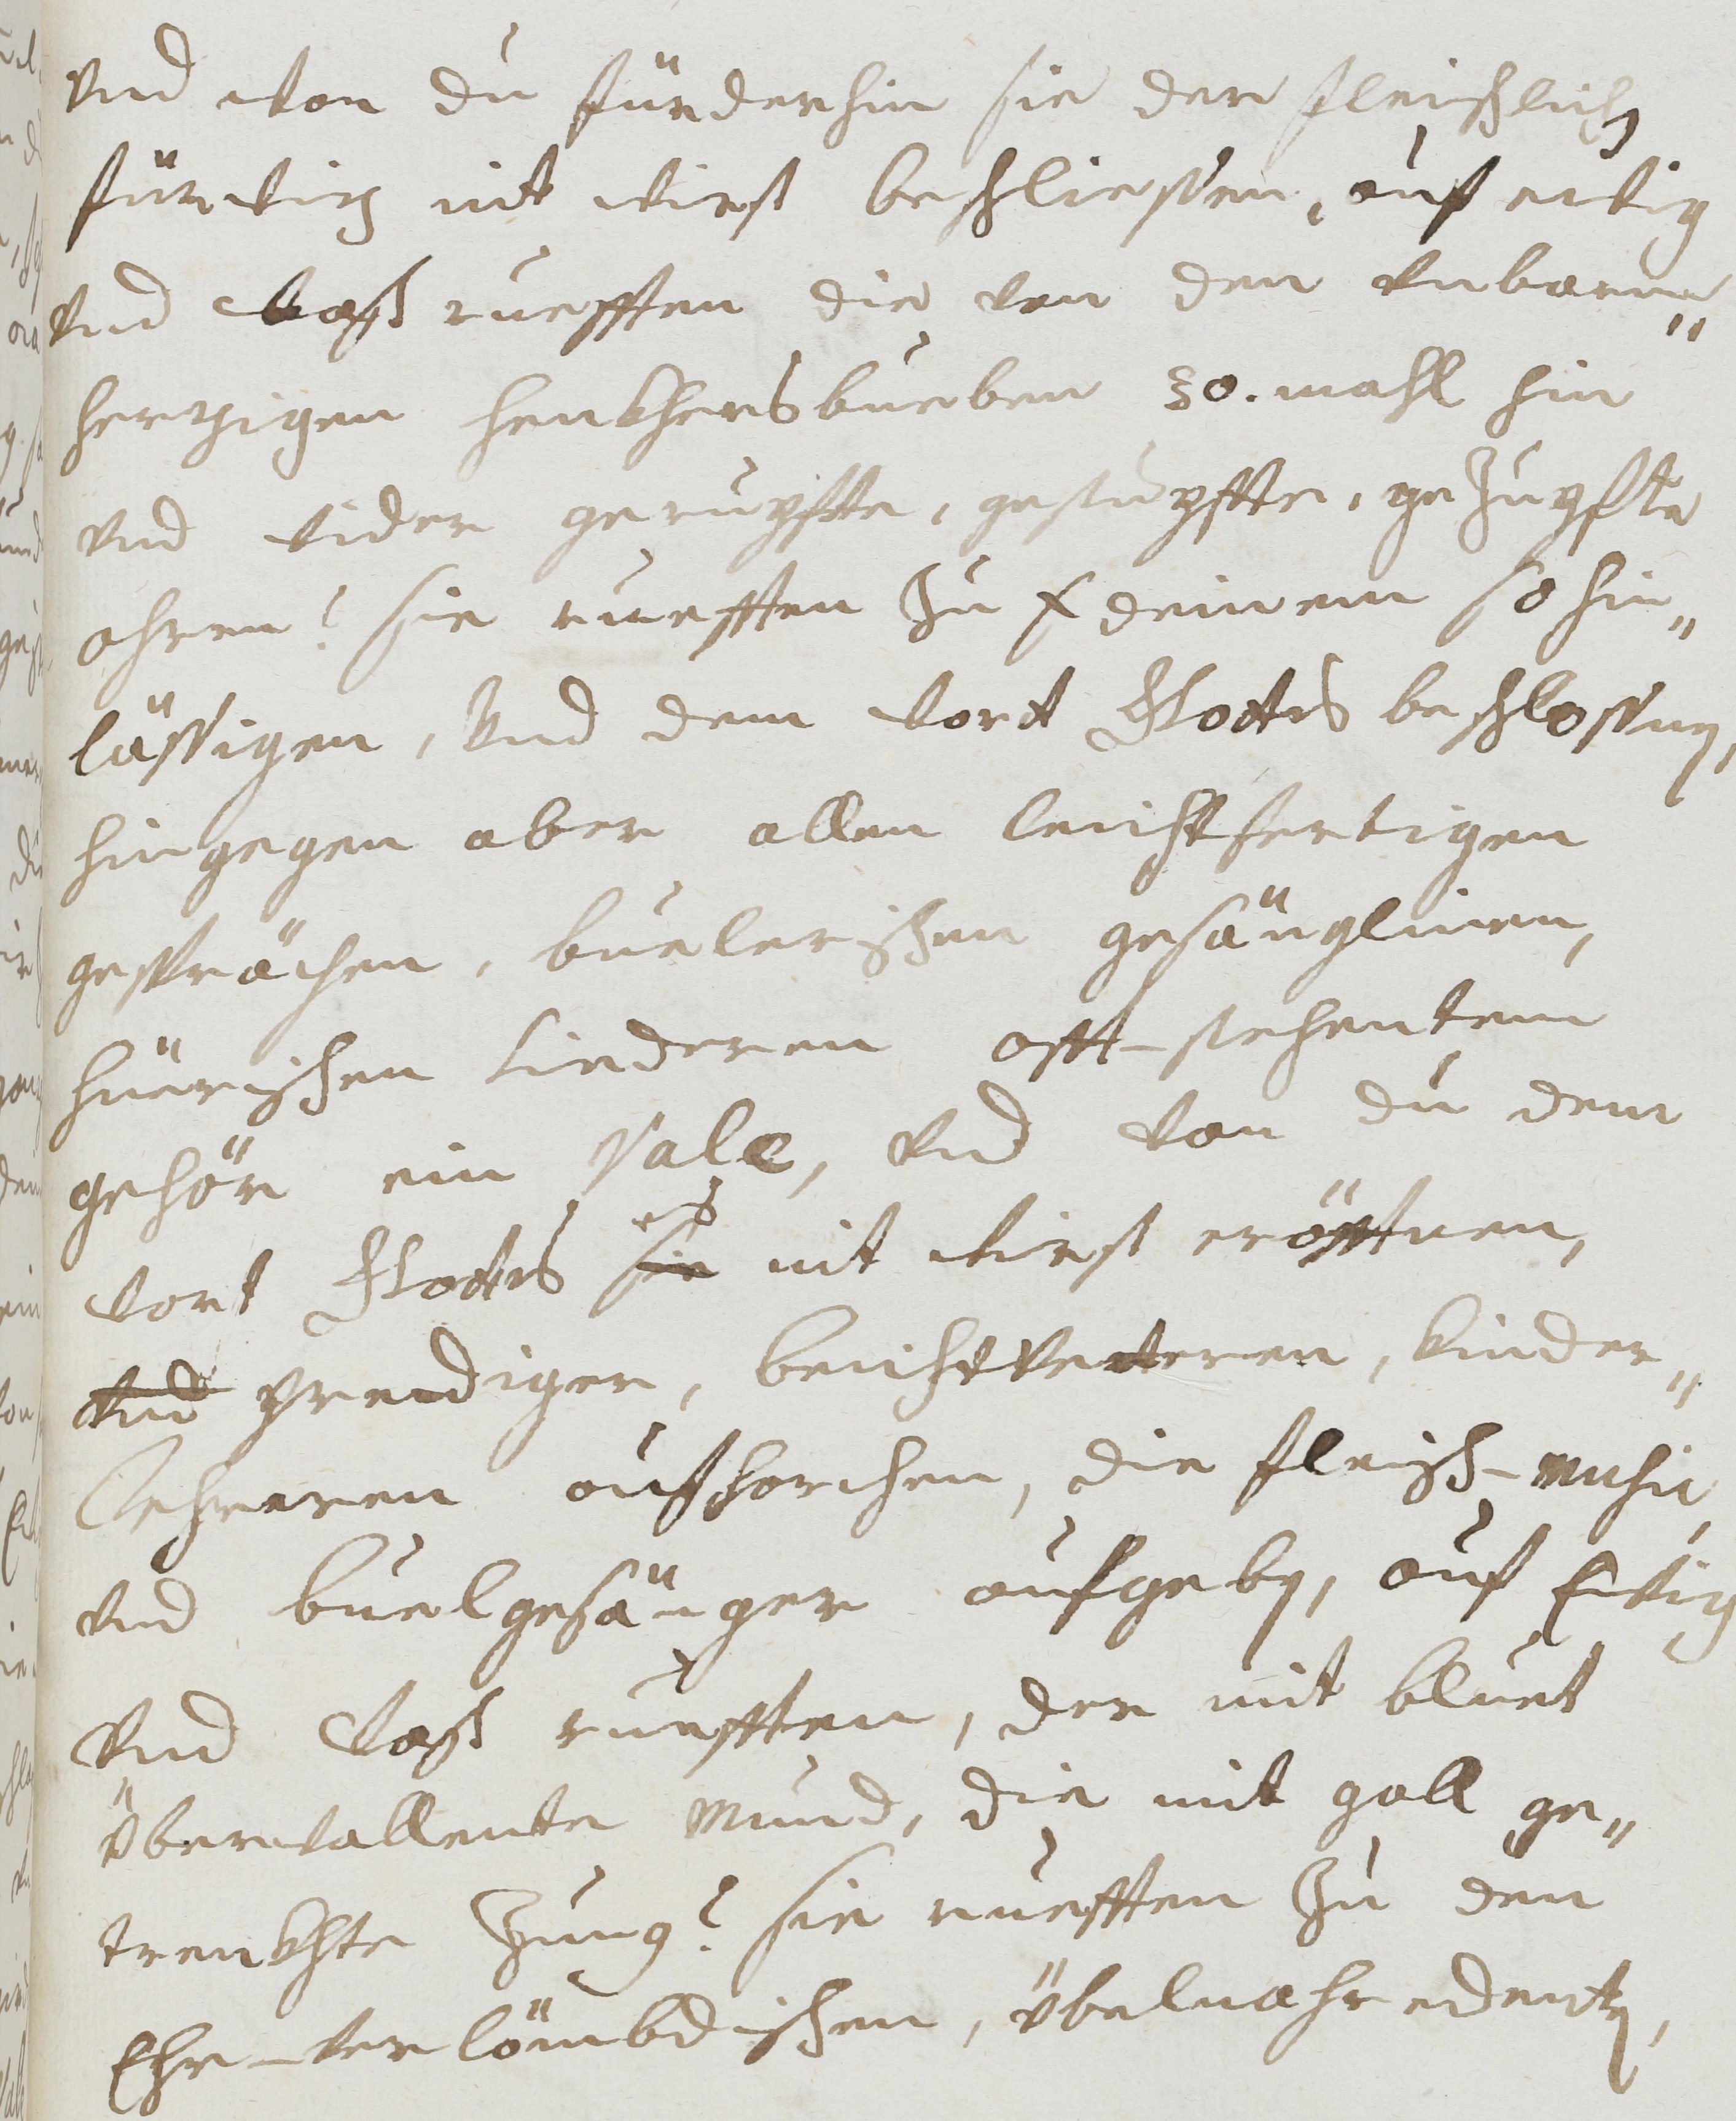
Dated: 1677–1691